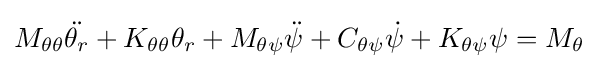
M_{\theta \theta }{\ddot {\theta _{r}}}+K_{\theta \theta }\theta _{r}+M_{\theta \psi }{\ddot {\psi }}+C_{\theta \psi }{\dot {\psi }}+K_{\theta \psi }\psi =M_{\theta }